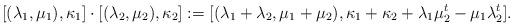
LaTeX: \begin{align*} [(\lambda_1,\mu_1),\kappa_1] \cdot [(\lambda_2,\mu_2),\kappa_2]:=[(\lambda_1+\lambda_2, \mu_1+\mu_2), \kappa_1+\kappa_2+\lambda_1\mu_2^t-\mu_1\lambda_2^t].\end{align*}